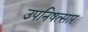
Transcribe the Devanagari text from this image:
उपनिषत्सार